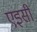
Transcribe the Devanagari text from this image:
एइसी